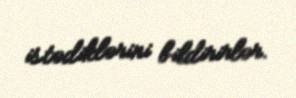
istədiklərini bildirirlər.